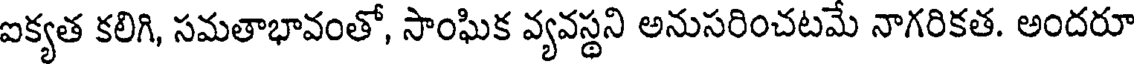
ఐక్యత కలిగి, సమతాభావంతో, సాంఘిక వ్యవస్థని అనుసరించటమే నాగరికత. అందరూ